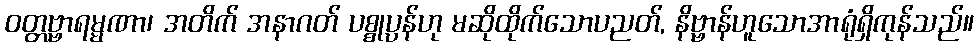
ဝတ္တဗ္ဗာရမ္မဏာ၊ အတိက် အနာဂတ် ပစ္စုပ္ပန်ဟု မဆိုထိုက်သောပညတ်, နိဗ္ဗာန်ဟူသောအာရုံရှိကုန်သည်။